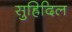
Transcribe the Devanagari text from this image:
सुह्रिदिल